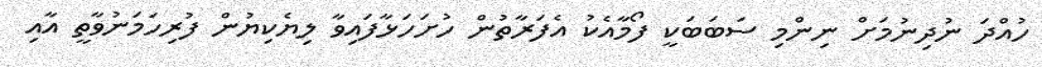
ހުއްދަ ނުދިނުމަށް ނިންމި ސަބަބަކީ ފޯމާއެކު އެފަރާތުން ހުށަހަޅާފައިވާ ލިޔެކިޔުން ފުރިހަމަނުވާތީ އާއި